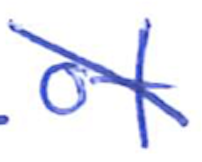
Text: of
Cross-out: diagonal
Writing tool: ballpoint